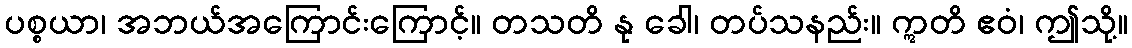
ပစ္စယာ၊ အဘယ်အကြောင်းကြောင့်။ တသတိ နု ခေါ၊ တပ်သနည်း။ ဣတိ ဧဝံ၊ ဤသို့။